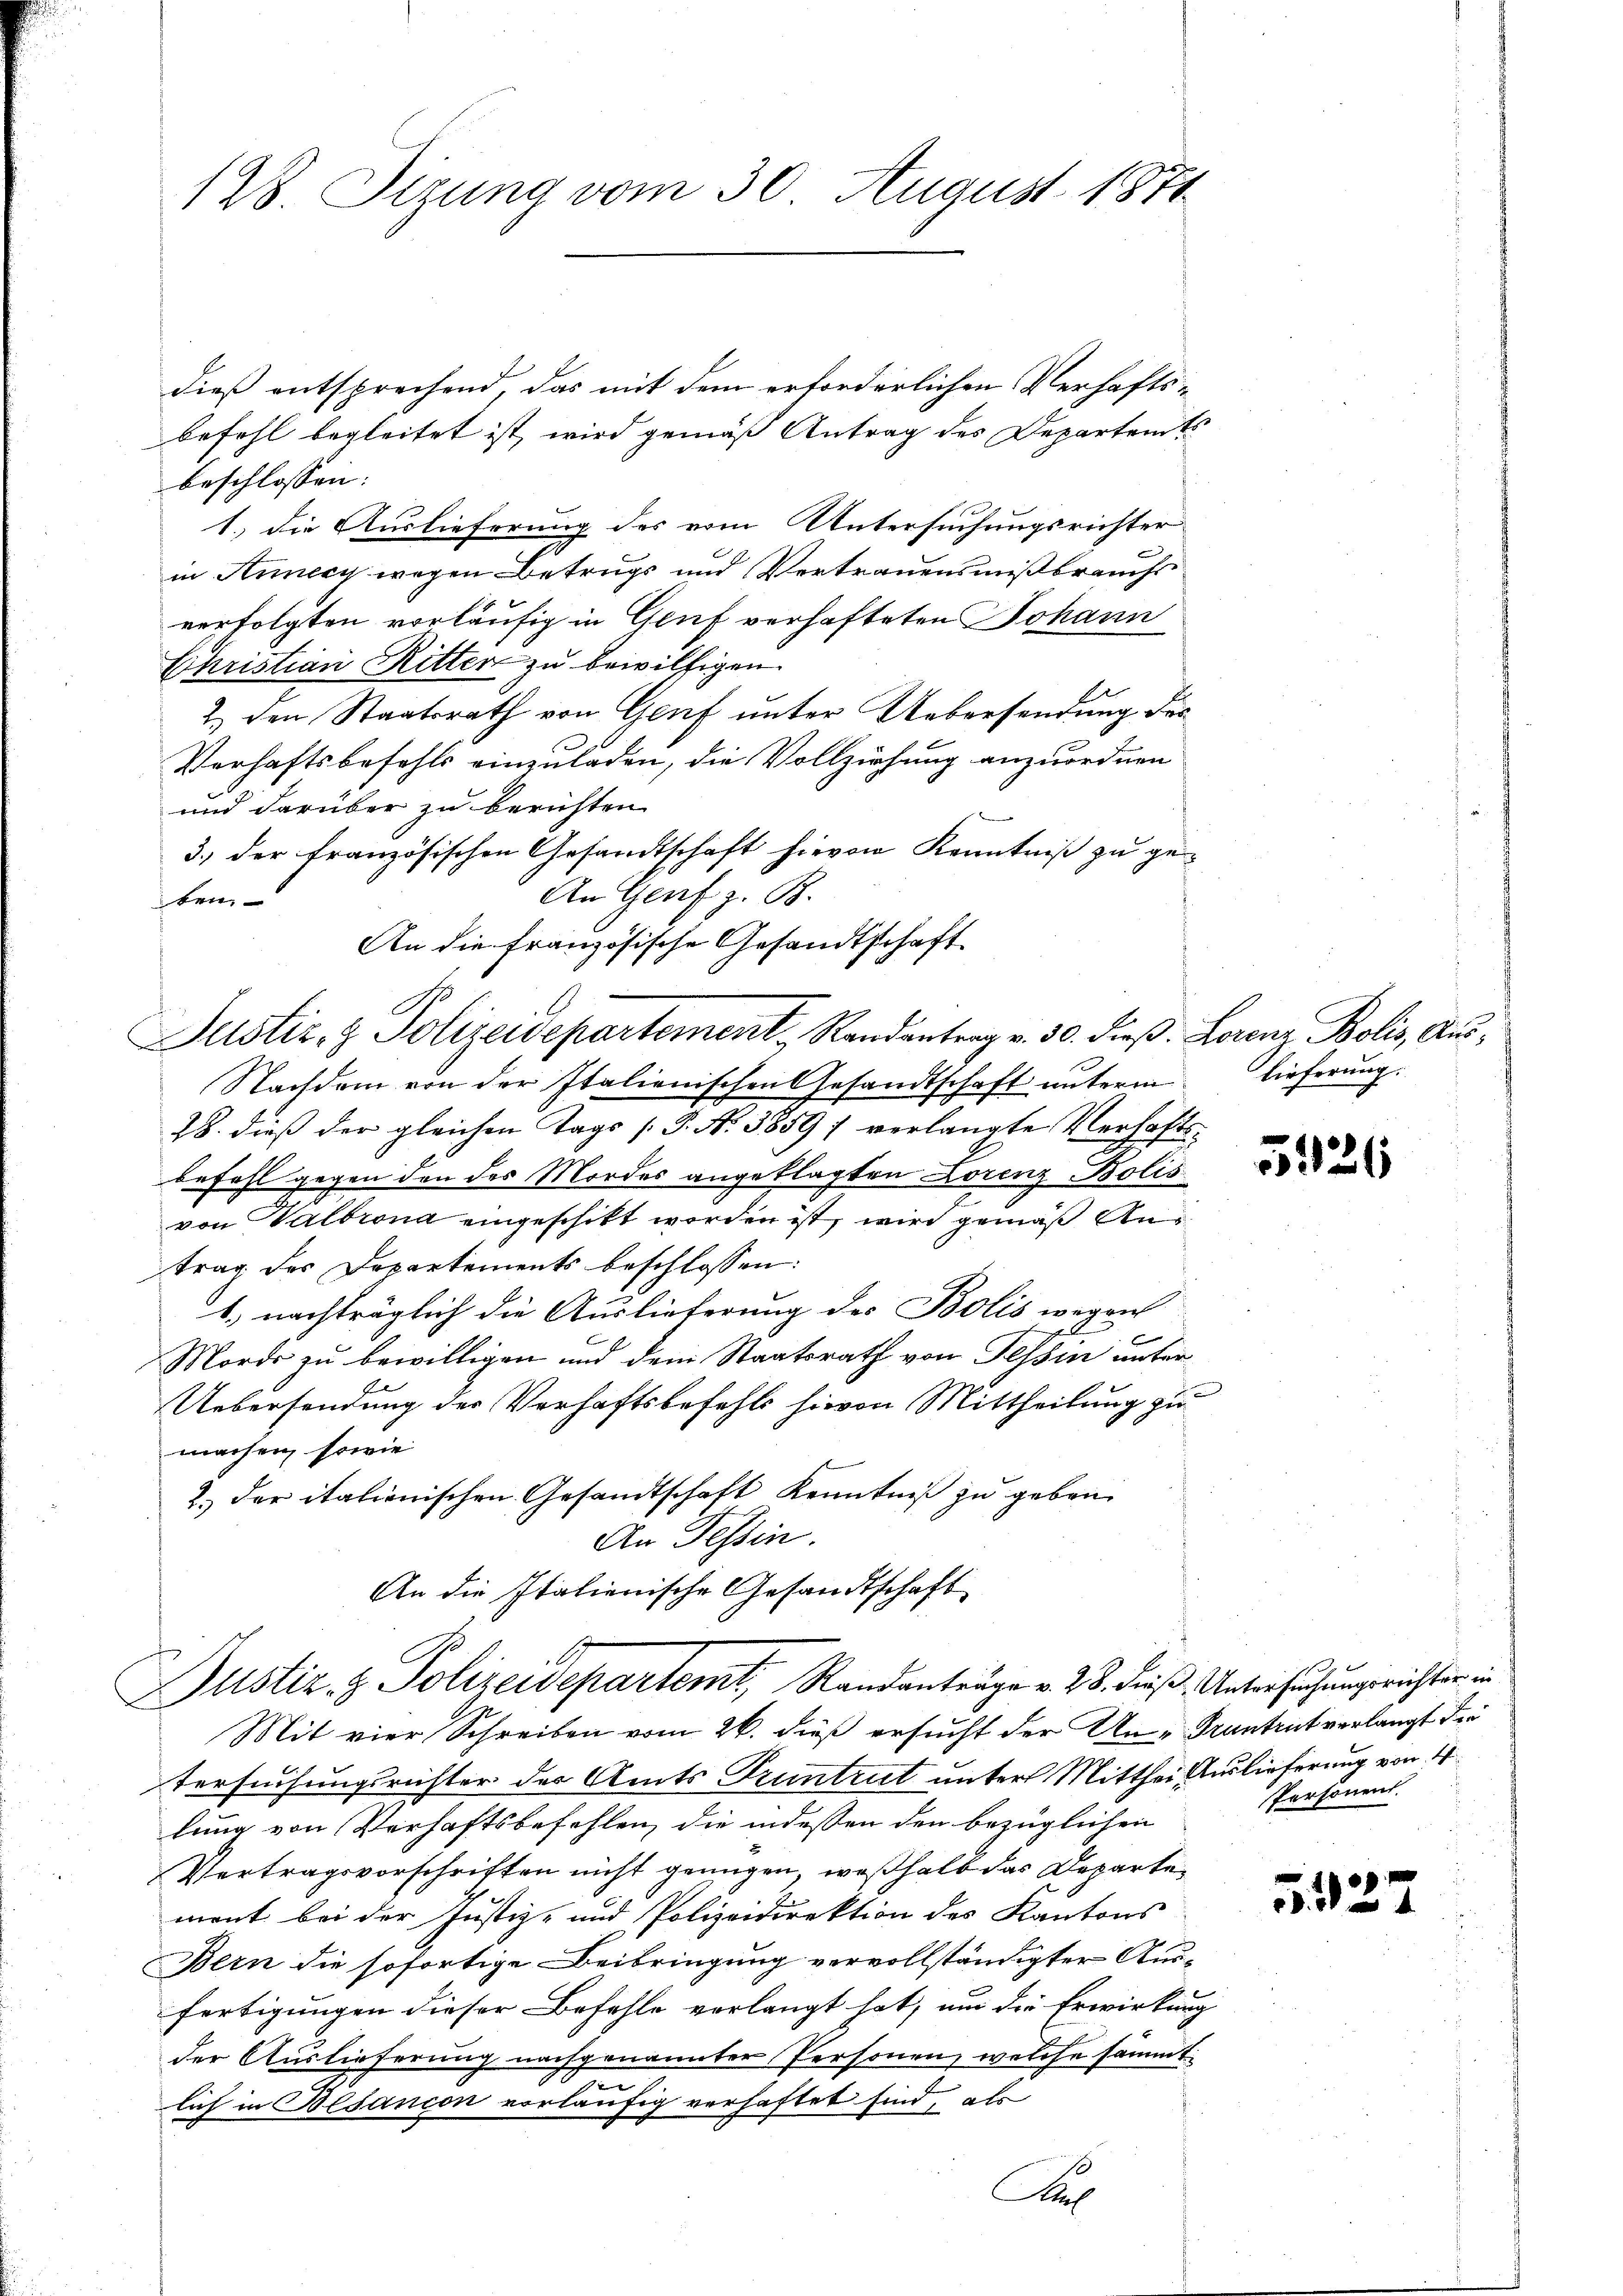
128. Sizung vom 30. August 1871

dieß entsprechend, das mit dem erforderlichen Verhaftsbefehl begleitet ist, wird gemäß Antrag des Departents
beschlossen:
1.) die Auslieferung des vom Untersuchungsrichter
in Annecy wegen Betrugs und Vertrauensmißbrauchs
verfolgten vorläufig in Genf verhafteten Johann
Christian Ritter zu bewilligen.
2.) den Staatsrath von Genf unter Uebersendung des
Verhaftsbefehls einzuladen, die Vollziehung anzuordnen
und darüber zu berichten
3.) der französischen Gesandtschaft hievon Kenntniß zu ge¬
An Genf z. B.
ten
An die französische Gesandtschaft
C
Justiz- & Polizeidepartement, Randantrag v. 30. dieß. Lorenz Bolis, Aus¬
Nachdem von der Italienischen Gesandtschaft unterm lieferung:
28. dieß der gleichen Tags [P. Nr. 3859) verlangte Verhafts-
befahl gegen den des Mordes angeklagten Lorenz Bolis
von Waltrona eingeschikt worden ist, wird gemäß Antrag des Departements beschlossen:
1., nachträglich die Auslieferung des Bolis wegen
Mords zu bewilligen und dem Staatsrath von Tessin unter¬
Uebersendung der Verhaftsbefehls hievon Mittheilung zu
machen, sowie
2.) der italienischen Gesandtschaft Kenntniß zu geben.
An Tessin.
An die Italienische Gesandtschaft
C
Justiz- & Polizeidepartemt, Randanträge v. 28. dieß. Untersuchungsrichter in
Mit vier Schreiben vom 26. dieß ersucht der Un-Trantrut verlangt der
tersuchungsrichter des Amts Truntrut unter Mitthei Auslieferung von 4
lung von Verhaftsbefehlen, die indessen den bezüglichen
Vertragsvorschriften nicht genügen, weßhalb das Departement bei der Justiz- und Polizeidirektion des Kantons
Bern die sofortige Beibringung vervollständigter Ausfertigungen dieser Befehle verlangt hat, um die Erwirkung
der Auslieferung nachgenannter Personen, welche sämmt
n
lich in Besancon vorläufig verhaftet sind, als
A

3426

Personent.

5127